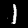
Digit: 1